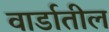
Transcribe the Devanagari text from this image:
वार्डातील